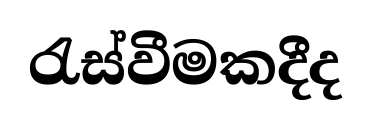
රැස්වීමකදීද